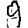
Digit: 9